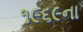
૧૯૬૯ના